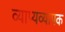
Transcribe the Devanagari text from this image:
व्याप्यव्यापक